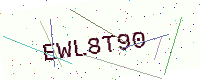
Text: EWL8T90